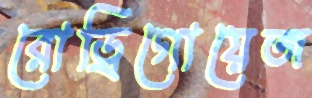
রোড্রিগোয়েজ